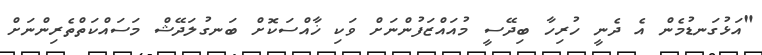
"އަޅުގަނޑުމެން އެ ދެނީ ހުރިހާ ބިދޭސީ މުއައްޒަފުންނަށް ވަކި ޚާއްސަކޮށް ބަނގުލަދޭޝް މަސައްކަތްތެރިންނަށް